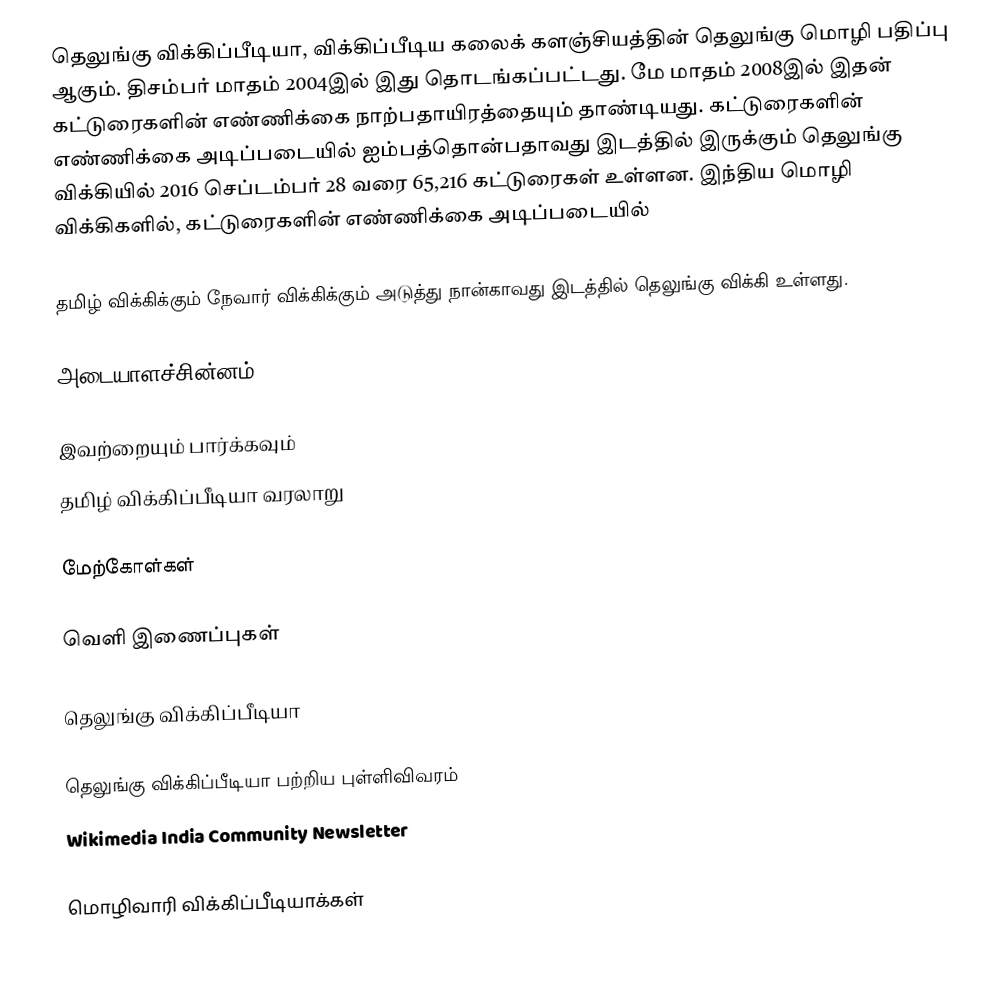
தெலுங்கு விக்கிப்பீடியா, விக்கிப்பீடிய கலைக் களஞ்சியத்தின் தெலுங்கு மொழி பதிப்பு ஆகும். திசம்பர் மாதம் 2004இல் இது தொடங்கப்பட்டது. மே மாதம் 2008இல் இதன் கட்டுரைகளின் எண்ணிக்கை நாற்பதாயிரத்தையும் தாண்டியது. கட்டுரைகளின் எண்ணிக்கை அடிப்படையில் ஐம்பத்தொன்பதாவது இடத்தில் இருக்கும் தெலுங்கு விக்கியில் 2016  செப்டம்பர் 28 வரை 65,216 கட்டுரைகள் உள்ளன. இந்திய மொழி விக்கிகளில், கட்டுரைகளின் எண்ணிக்கை அடிப்படையில்

தமிழ் விக்கிக்கும் நேவார் விக்கிக்கும் அடுத்து நான்காவது இடத்தில் தெலுங்கு விக்கி உள்ளது.

அடையாளச்சின்னம்

இவற்றையும் பார்க்கவும்
 தமிழ் விக்கிப்பீடியா வரலாறு

மேற்கோள்கள்

வெளி இணைப்புகள்

தெலுங்கு விக்கிப்பீடியா

தெலுங்கு விக்கிப்பீடியா பற்றிய புள்ளிவிவரம்
 Wikimedia India Community Newsletter

 மொழிவாரி விக்கிப்பீடியாக்கள்